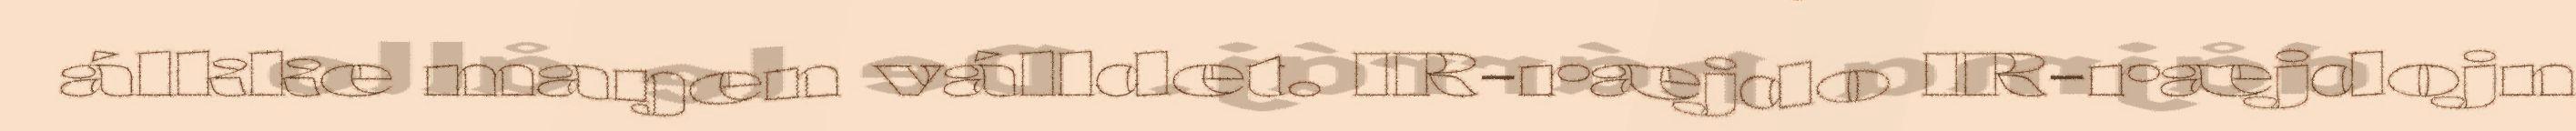
álkke maŋen válldet. IR-ræjdo IR-ræjdojn